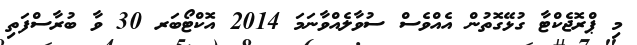
މި ޕްރޮޖެކްޓާ ގުޅޭގޮތުން އެއްވެސް ސުވާލެއްވާނަމަ 2014 އޮކްޓޯބަރ 30 ވާ ބުރާސްފަތި